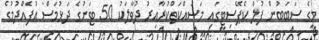
މީގެ ސަބަބުން ފުލް ކެޕޭސިޓީގައި މަސައްކަތްކުރާއިރު ދުވާލަކު 50 ޓަނުގެ ދަޅުމަސް އުފެއްދުމުގެ